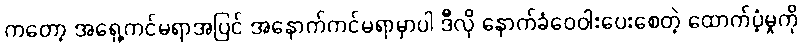
ကတော့ အရှေ့ကင်မရာအပြင် အနောက်ကင်မရာမှာပါ ဒီလို နောက်ခံဝေဝါးပေးစေတဲ့ ထောက်ပံ့မှုကို